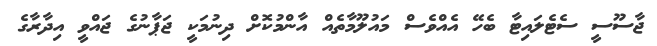
ޖާސޫސީ ސެޓެލައިޓާ ބެހޭ އެއްވެސް މައުލޫމާތެއް އާންމުކޮށް ދިނުމަކީ ޖަޕާނުގެ ޖައްވީ އިދާރާގެ